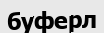
буферл